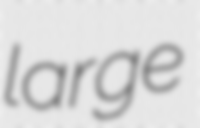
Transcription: large